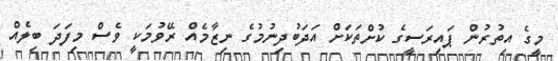
މީގެ އިތުރުން ޕައިރަސީގެ ކުށްތަކަށް އަދަބުދިނުމުގެ ނިޒާމެއް ރޭވުމަކީ ވެސް މިފަދަ ބިލެއް